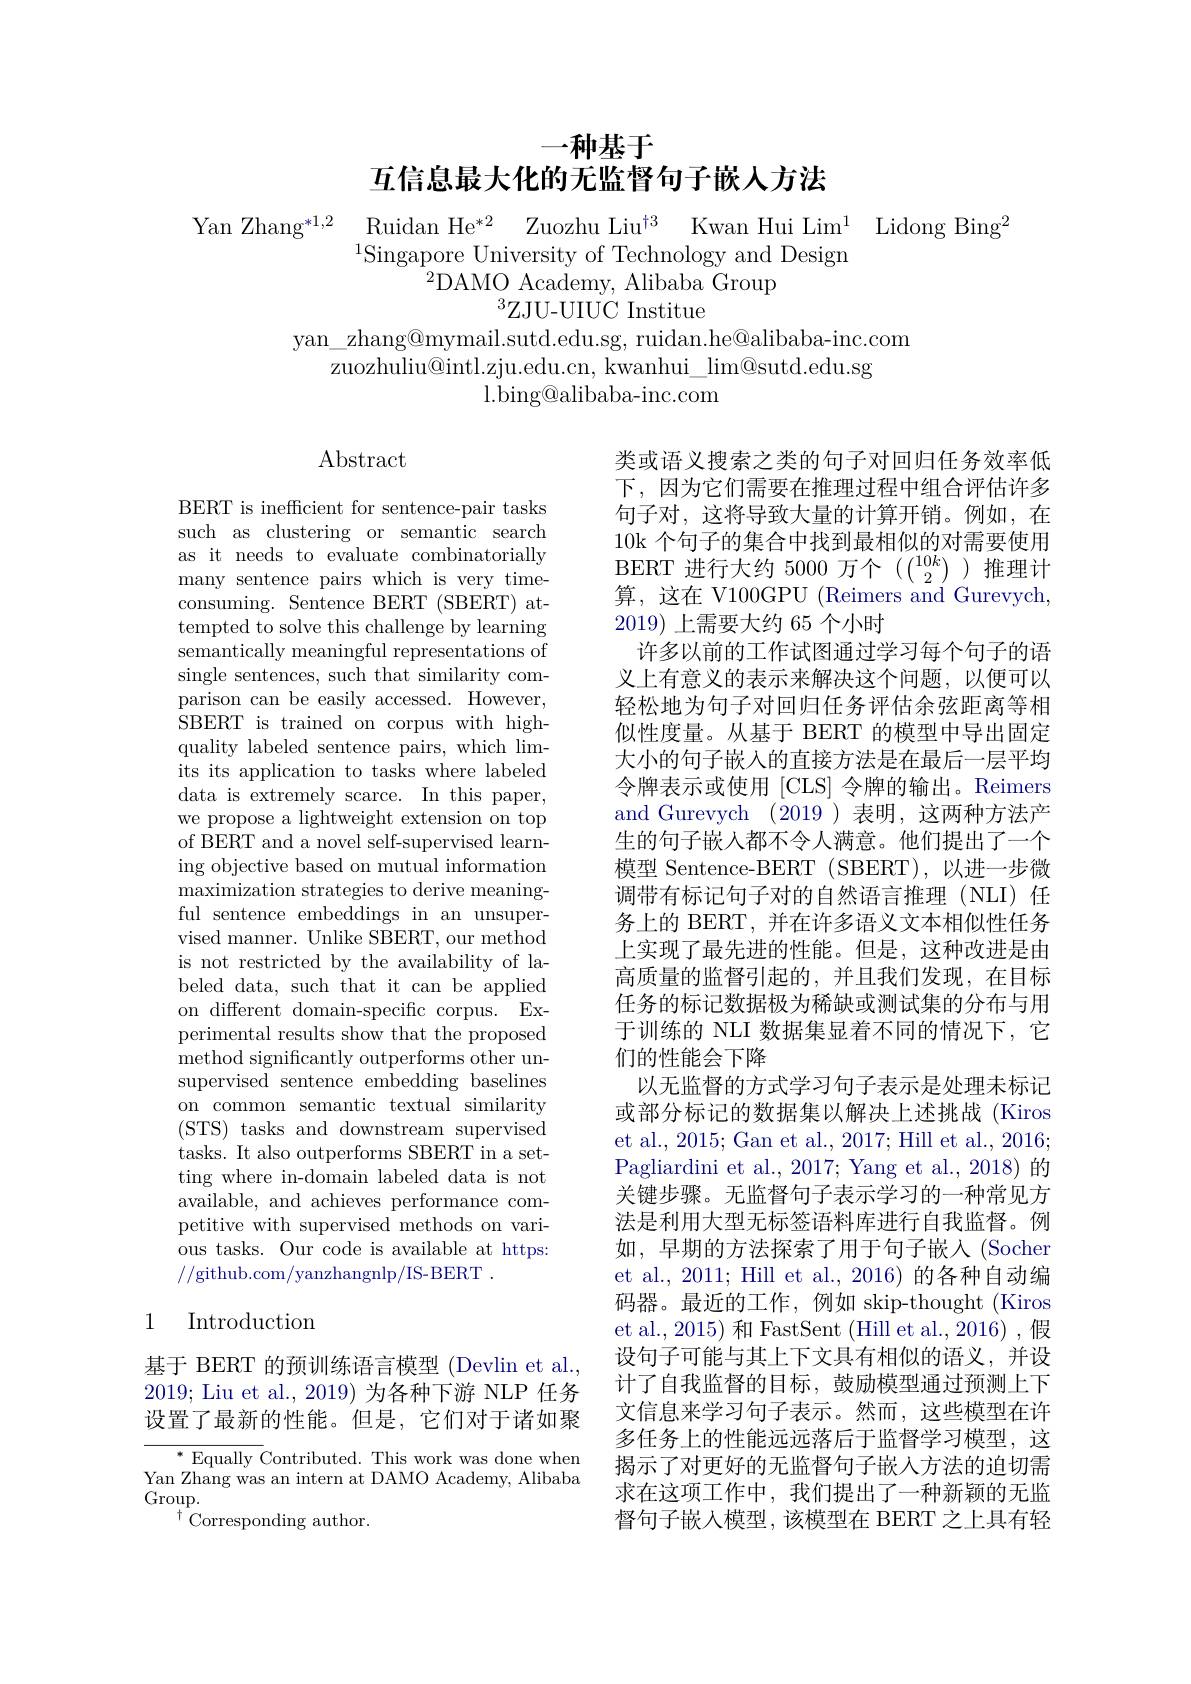
# 一种基于
互信息最大化的无监督句子嵌人方法

$\begin{array}{lll}\text{Yan Zhang}^{*1,2}&\text{Ruidan He}^{*2}&\text{Zuozhu Liu}^{\dagger3}&\text{Kwan Hui Lim}^{1}&\text{Lidong Bing}^{2}\\&\text{Singapore University of Technology and Design}\end{array}$
$^{2}$DAMO Academy, Alibaba Group
$^{3}$ZJU- UIUC Institue

yan\_zhang@mymail.sutd.edu.sg, ruidan.he@alibaba-inc.com
zuozhuliu@intl.zju.edu.cn, kwanhui\_$@$sutd.edu.sg
l. bing@ alibaba- inc. com

$\operatorname{Abstract}$

BERT is inefficient for sentence-pair tasks such as clustering or semantic search as it needs to evaluate combinatorially many sentence pairs which is very timeconsuming. Sentence BERT (SBERT) attempted to solve this challenge by learning semantically meaningful representations of single sentences, such that similarity comparison can be easily accessed. However, SBERT is trained on corpus with highquality labeled sentence pairs, which lim- its its application to tasks where labeled data is extremely scarce. In this paper, we propose a lightweight extension on top of BERT and a novel self-supervised learning objective based on mutual information maximization strategies to derive meaningful sentence embeddings in an unsupervised manner. Unlike SBERT, our method is not restricted by the availability of labeled data, such that it can be applied on different domain-specific corpus. Experimental results show that the proposed method significantly outperforms other unsupervised sentence embedding baselines on common semantic textual similarity (STS) tasks and downstream supervised tasks. It also outperforms SBERT in a setting where in-domain labeled data is not available, and achieves performance competitive with supervised methods on various tasks. Our code is available at https: //github.com/yanzhangnlp/IS-BERT.

类或语义搜索之类的句子对回归任务效率低下，因为它们需要在推理过程中组合评估许多句子对，这将导致大量的计算开销。例如，在10k 个句子的集合中找到最相似的对需要使用BERT 进行大约 5000 万个$(\binom{10k}2)$推理计算，这在 V100GPU (Reimers and Gurevych, $2019)\underline{上需要大约65}$个小时
许多以前的工作试图通过学习每个句子的语义上有意义的表示来解决这个问题，以便可以轻松地为句子对回归任务评估余弦距离等相似性度量。从基于 BERT 的模型中导出固定大小的句子嵌入的直接方法是在最后一层平均令牌表示或使用 [CLS] 令牌的输出。Reimers and Gurevych (2019)表明，这两种方法产生的句子嵌人都不令人满意。他们提出了一个模型 Sentence-BERT (SBERT),以进一步微调带有标记句子对的自然语言推理(NLI) 任务上的 BERT, 并在许多语义文本相似性任务上实现了最先进的性能。但是，这种改进是由高质量的监督引起的，并且我们发现，在目标任务的标记数据极为稀缺或测试集的分布与用于训练的 NLI 数据集显着不同的情况下，它们的性能会下降
以无监督的方式学习句子表示是处理未标记或部分标记的数据集以解决上述挑战(Kiros et al., 2015; Gan et al., 2017; Hill et al., 2016; Pagliardini et al., 2017; Yang et al., 2018) 的关键步骤。无监督句子表示学习的一种常见方法是利用大型无标签语料库进行自我监督。例如，早期的方法探索了用于句子嵌入 (Socher et al., 2011; Hill et al., 2016) 的各种自动编码器。最近的工作，例如 skip-thought (Kiros et al., 2015) 和 FastSent (Hill et al., 2016) , 假设句子可能与其上下文具有相似的语义，并设计了自我监督的目标，鼓励模型通过预测上下文信息来学习句子表示。然而，这些模型在许多任务上的性能远远落后于监督学习模型，这揭示了对更好的无监督句子嵌入方法的迫切需求在这项工作中，我们提出了一种新颖的无监督句子嵌入模型，该模型在 BERT 之上具有轻

## 1 Introduction

基于 BERT 的预训练语言模型 (Devlin et al. 2019; Liu et al., 2019)为各种下游 NLP 任务设置了最新的性能。但是，它们对于诸如聚

${^{*}\text{Equally Contributed. This work was done when}}$ Yan Zhang was an intern at DAMO Academy, Alibaba $\operatorname{Group}.$
$^{\dagger}$Corresponding author.